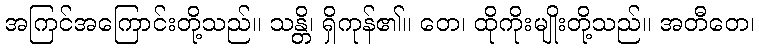
အကြင်အကြောင်းတို့သည်။ သန္တိ၊ ရှိကုန်၏။ တေ၊ ထိုကိုးမျိုးတို့သည်။ အတီတေ၊